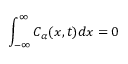
\int _ { - \infty } ^ { \infty } C _ { \alpha } ( x , t ) d x = 0